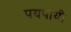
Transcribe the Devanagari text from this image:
पयपायी